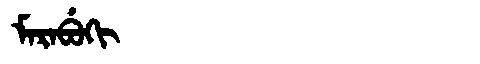
Manchu: ᠮᠠᡵᠠᠪᡠᡴᡳ
Romanization: MARABUKI